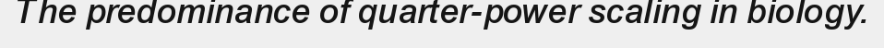
The predominance of quarter-power scaling in biology.